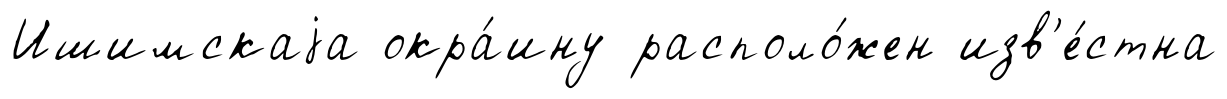
Ишимскаjа окра́ину располо́жен изв'е́стна